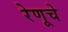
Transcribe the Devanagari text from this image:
रेणूचे